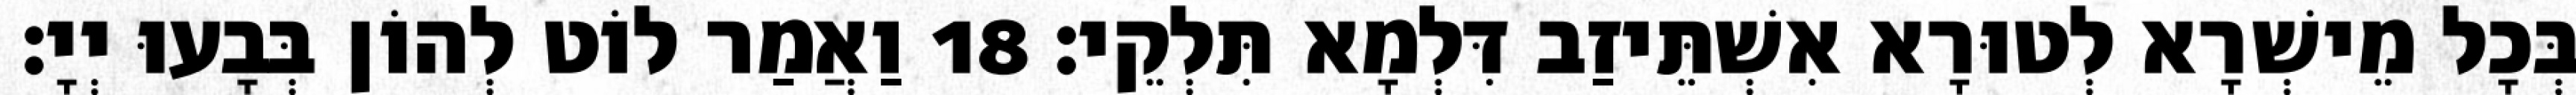
בְּכָל מֵישְׁרָא לְטוּרָא אִשְׁתֵּיזַב דִּלְמָא תִּלְקֵי׃ 18 וַאֲמַר לוֹט לְהוֹן בְּבָעוּ יְיָ׃